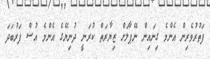
ފަތުރުވެރިން އެންމެ ގިނައިން ނޭޕާލަށް ޒިޔާރަތް ކުރަނީ ދުނިޔޭގެ އެންމެ އުސް ފަރުބަދަ